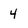
Character: 4